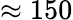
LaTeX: \approx 150